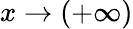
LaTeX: x\to(+\infty)